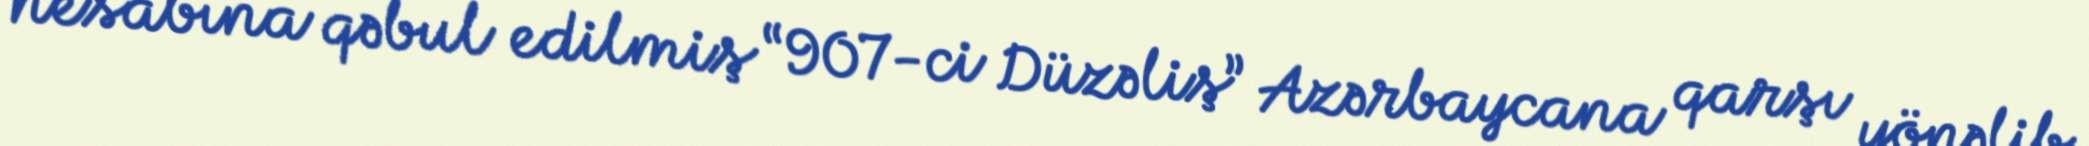
hesabına qəbul edilmiş “907-ci Düzəliş” Azərbaycana qarşı yönəlib.